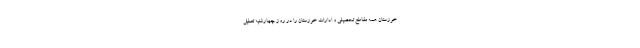
خوزستان همه مقاطع تحصیلی و ادارات خوزستان را در روز چهارشنبه تعطیل